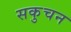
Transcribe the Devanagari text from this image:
सकुचन